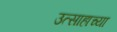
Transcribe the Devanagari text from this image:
उत्साहाच्या